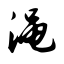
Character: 渑